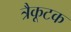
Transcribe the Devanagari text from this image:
त्रैकूटक